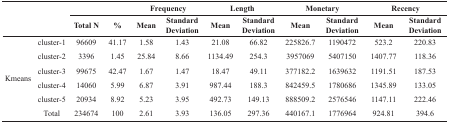
<table><thead><tr><td rowspan="2" colspan="2"><b> </b></td><td><b> </b></td><td><b> </b></td><td colspan="2"><b>Frequency</b></td><td colspan="2"><b>Length</b></td><td colspan="2"><b>Monetary</b></td><td colspan="2"><b>Recency</b></td></tr><tr><td><b>Total N</b></td><td><b>%</b></td><td><b>Mean</b></td><td><b>Standard Deviation</b></td><td><b>Mean</b></td><td><b>Standard Deviation</b></td><td><b>Mean</b></td><td><b>Standard Deviation</b></td><td><b>Mean</b></td><td><b>Standard Deviation</b></td></tr></thead><tbody><tr><td rowspan="6"><b>Kmeans</b></td><td><b>cluster-1</b></td><td>96609</td><td>41.17</td><td>1.58</td><td>1.43</td><td>21.08</td><td>66.82</td><td>225826.7</td><td>1190472</td><td>523.2</td><td>220.83</td></tr><tr><td><b>cluster-2</b></td><td>3396</td><td>1.45</td><td>25.84</td><td>8.66</td><td>1134.49</td><td>254.3</td><td>3957069</td><td>5407150</td><td>1407.77</td><td>118.36</td></tr><tr><td><b>cluster-3</b></td><td>99675</td><td>42.47</td><td>1.67</td><td>1.47</td><td>18.47</td><td>49.11</td><td>377182.2</td><td>1639632</td><td>1191.51</td><td>187.53</td></tr><tr><td><b>cluster-4</b></td><td>14060</td><td>5.99</td><td>6.87</td><td>3.91</td><td>987.44</td><td>188.3</td><td>842459.5</td><td>1780686</td><td>1345.89</td><td>133.05</td></tr><tr><td><b>cluster-5</b></td><td>20934</td><td>8.92</td><td>5.23</td><td>3.95</td><td>492.73</td><td>149.13</td><td>888509.2</td><td>2576546</td><td>1147.11</td><td>222.46</td></tr><tr><td><b>Total</b></td><td>234674</td><td>100</td><td>2.61</td><td>3.93</td><td>136.05</td><td>297.36</td><td>440167.1</td><td>1776964</td><td>924.81</td><td>394.6</td></tr></tbody></table>